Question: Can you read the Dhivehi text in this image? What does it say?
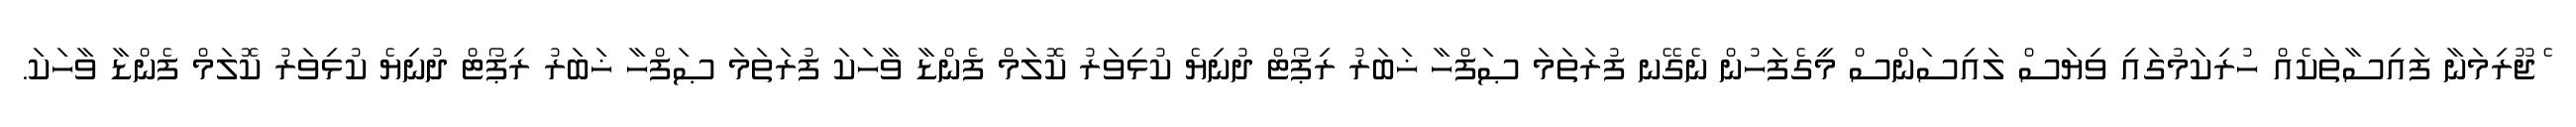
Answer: ެޖޫރިމަނާ ފައިސާތަކެއް ހުރިކަމުގައި ވިޔަސް ލައިސަންސް މީގެފަހުން ނެގޭނ ފުރަތަމަ ޞަފްހާ ޚަބަރު ރިޕޯޓް ދުނިޔެ ކުޅިވަރު ކޮލަމް ފެންޑާ ވާހަކަ ފުރަތަމަ ޞަފްހާ ޚަބަރު ރިޕޯޓް ދުނިޔެ ކުޅިވަރު ކޮލަމް ފެންޑާ ވާހަކަ.